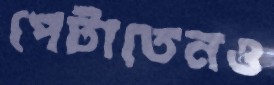
পেটাতেনও